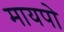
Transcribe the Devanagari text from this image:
मायपो